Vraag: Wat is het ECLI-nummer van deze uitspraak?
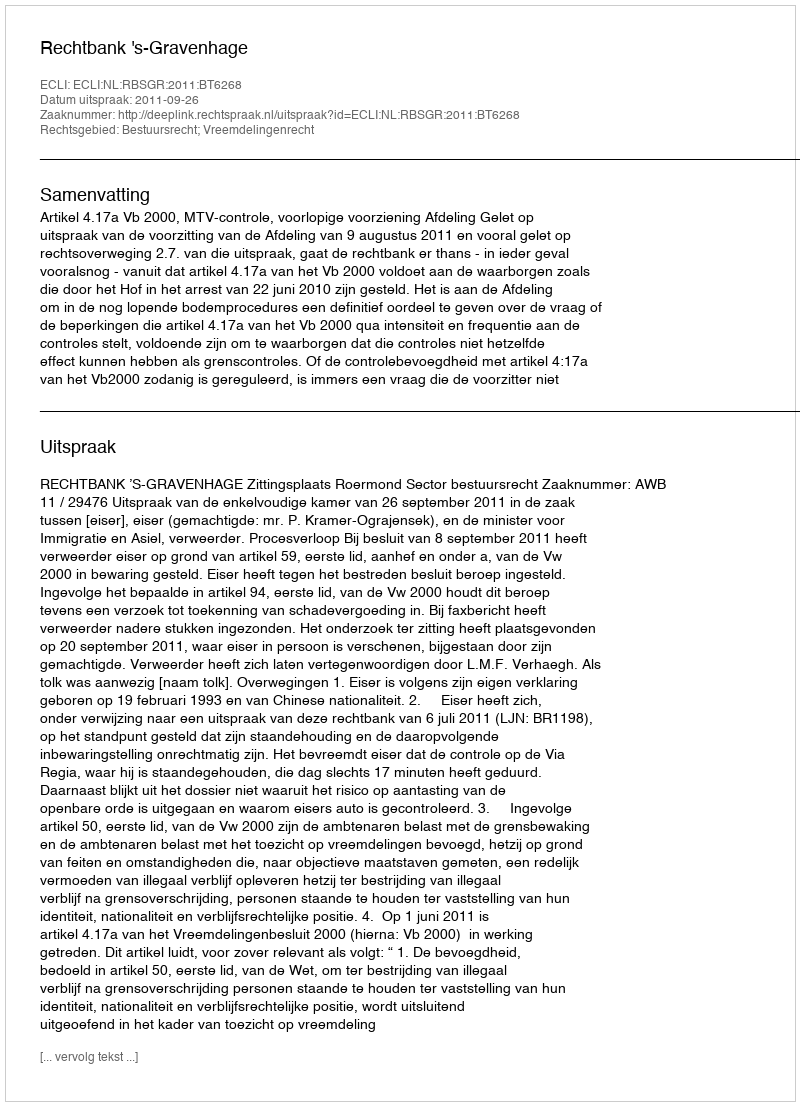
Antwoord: ECLI:NL:RBSGR:2011:BT6268